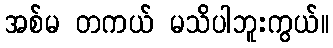
အစ်မ တကယ် မသိပါဘူးကွယ်။